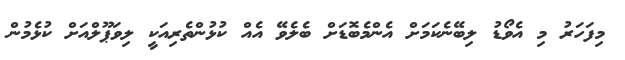
މިފަހަރު މި އެވޯޑު ލިބޭނެކަމަށް އެންމެބޮޑަށް ބެލެވޭ އެއް ކުޅުންތެރިއަކީ ލިވަޕޫލްއަށް ކުޅެމުން